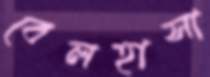
বেলহাসা